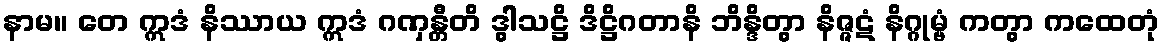
နာမ။ တေ ဣဒံ နိဿာယ ဣဒံ ဂဏှန္တီတိ ဒွါသဋ္ဌိ ဒိဋ္ဌိဂတာနိ ဘိန္ဒိတွာ နိဇ္ဇဋံ နိဂ္ဂုမ္ဗံ ကတွာ ကထေတုံ